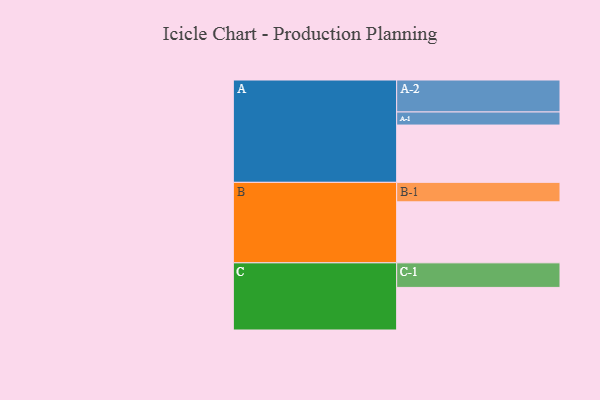
{"axis": {"x": "Segment", "y": "Value"}, "legend": ["", "A", "B", "C"], "data": [{"x": "A", "y": 464, "type": ""}, {"x": "B", "y": 494, "type": ""}, {"x": "C", "y": 345, "type": ""}, {"x": "A-1", "y": 106, "type": "A"}, {"x": "A-2", "y": 259, "type": "A"}, {"x": "B-1", "y": 158, "type": "B"}, {"x": "C-1", "y": 199, "type": "C"}]}